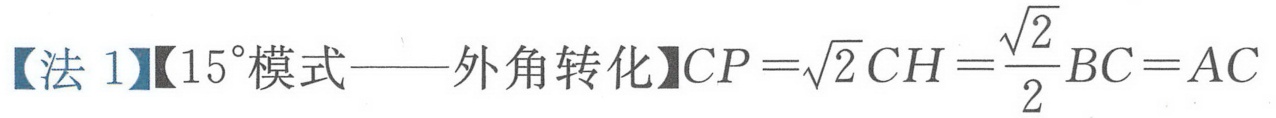
【法 1】【$15^{\circ}$模式——外角转化】$CP = \sqrt{2}CH=\frac{\sqrt{2}}{2}BC = AC$